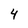
Character: 4